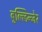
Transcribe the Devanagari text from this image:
बुल्लिन्जेर